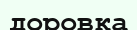
доровка